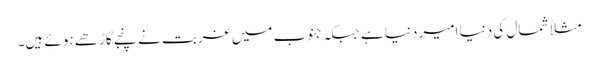
مثلاً شمال کی دنیا امیر دنیا ہے جبکہ جنوب میں غربت نے پنجے گاڑھے ہوئے ہیں۔